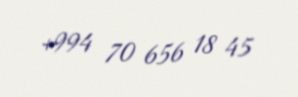
+994 70 656 18 45